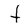
Character: f